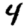
Digit: 4